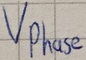
Text: VPhase